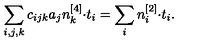
\sum _ { i , j , k } c _ { i j k } a _ { j } n _ { k } ^ { [ 4 ] } { \cdot } t _ { i } = \sum _ { i } n _ { i } ^ { [ 2 ] } { \cdot } t _ { i } .